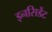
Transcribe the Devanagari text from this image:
इनसिडेंट